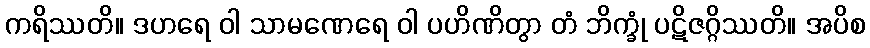
ကရိဿတိ။ ဒဟရေ ဝါ သာမဏေရေ ဝါ ပဟိဏိတွာ တံ ဘိက္ခုံ ပဋိဇဂ္ဂိဿတိ။ အပိစ